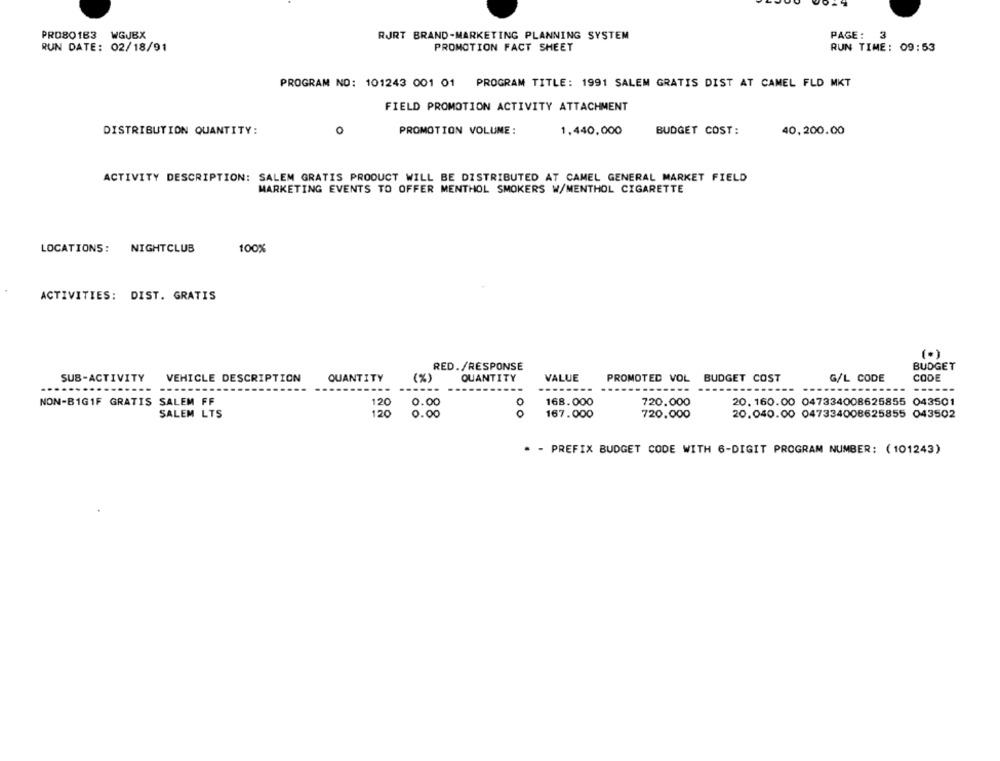
PRO80183 WGJBX
RJRT BRAND-MARKETING PLANNING SYSTEM
PAGE:
3
RUN DATE: 02/18/91
PROMOTION FACT SHEET
RUN TIME: 09:53
PROGRAM NO: 101243 001 01 PROGRAM TITLE: 1991 SALEM GRATIS DIST AT CAMEL FLD MKT
FIELD PROMOTION ACTIVITY ATTACHMENT
0
DISTRIBUTION QUANTITY:
PROMOTION VOLUME:
1,440,000
BUDGET COST:
40,200.00
ACTIVITY DESCRIPTION: SALEM GRATIS PRODUCT WILL BE DISTRIBUTED AT CAMEL GENERAL MARKET FIELD
MARKETING EVENTS TO OFFER MENTHOL SMOKERS W/MENTHOL CIGARETTE
LOCATIONS:
NIGHTCLUB
100%
ACTIVITIES: DIST. GRATIS
(.)
RED./RESPONSE
BUDGET
SUB-ACTIVITY
VEHICLE DESCRIPTION
QUANTITY
(%)
QUANTITY
VALUE
PROMOTED VOL BUDGET COST
G/L CODE
CODE
...
---
NON-B1GIF GRATIS SALEM FF
0.00
O
168.000
720.000
20. 160.00 047334008625855 043501
120
0
SALEM LTS
0.00
167.000
720.000
20.040.00 047334008625855 043502
* - PREFIX BUDGET CODE WITH 6-DIGIT PROGRAM NUMBER: (101243)